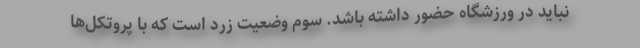
نباید در ورزشگاه حضور داشته باشد. سوم وضعیت زرد است که با پروتکل‌ها